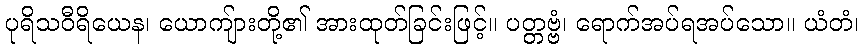
ပုရိသဝီရိယေန၊ ယောကျ်ားတို့၏ အားထုတ်ခြင်းဖြင့်။ ပတ္တဗ္ဗံ၊ ရောက်အပ်ရအပ်သော။ ယံတံ၊